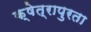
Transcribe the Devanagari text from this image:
क्षेत्रापुरता